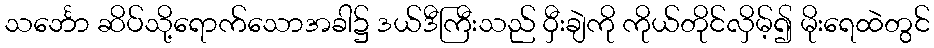
သင်္ဘော ဆိပ်သို့ရောက်သောအခါ၌ ဒယ်ဒီကြီးသည် ဝှီးချဲကို ကိုယ်တိုင်လှိမ့်၍ မိုးရေထဲတွင်